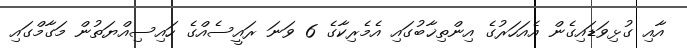
އާއި ގުޅިވަޑައިގެން އެއަހަރުގެ އިންތިޚާބުގައި އެމެރިކާގެ 6 ވަނަ ރައީސެއްގެ ހައިސިއްޔަތުން މަގާމްގައި